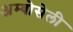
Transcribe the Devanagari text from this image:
अम्बोसेली